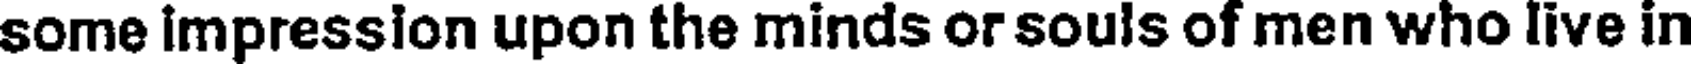
some impression upon the minds or souls of men who live in